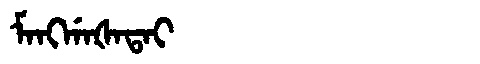
Manchu: ᠮᠠᠩᡤᠠᡧᠠᡨᠠᡳ
Romanization: MANGGAŠATAI